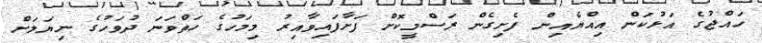
ހައްޖުގެ އަޅުކަން އިއްޔެއިން ފެށިގެން ރަސްމީކޮށް ފަށާފައިވާއިރު މިމަހުގެ ހަތްވަނަ ދުވަހުގެ ނިޔަލަށް